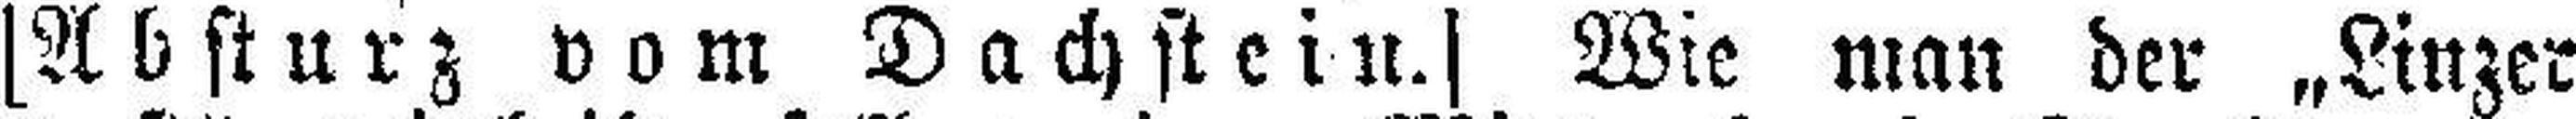
[Absturz vom Dachstein.] Wie man der „Linzer